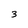
Character: 3